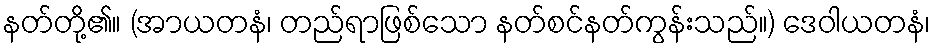
နတ်တို့၏။ (အာယတနံ၊ တည်ရာဖြစ်သော နတ်စင်နတ်ကွန်းသည်။) ဒေဝါယတနံ၊